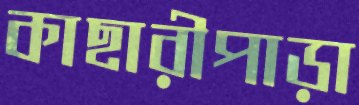
কাছারীপাড়া